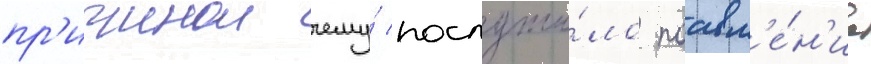
пр'ичинои чему́ послужи́ло поавл'е́н'ие